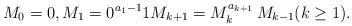
LaTeX: \begin{align*}M_0 = 0, M_1 = 0^{a_1 - 1} 1 M_{k+1} = M_k^{a_{k+1}} \, M_{k-1} (k \ge 1). \end{align*}